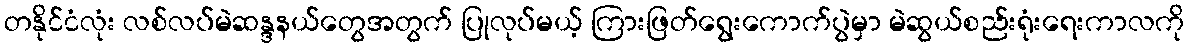
တနိုင်ငံလုံး လစ်လပ်မဲဆန္ဒနယ်တွေအတွက် ပြုလုပ်မယ့် ကြားဖြတ်ရွေးကောက်ပွဲမှာ မဲဆွယ်စည်းရုံးရေးကာလကို